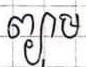
ព្យាម